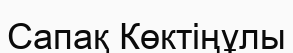
Сапақ Көктіңұлы